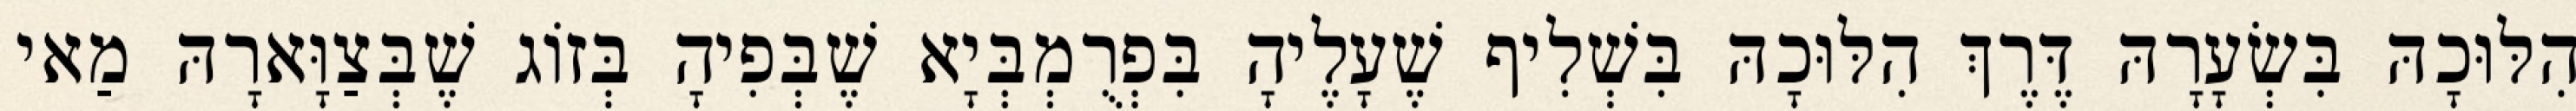
הִלּוּכָהּ בִּשְׂעָרָהּ דֶּרֶךְ הִלּוּכָהּ בִּשְׁלִיף שֶׁעָלֶיהָ בִּפְרֻמְבְּיָא שֶׁבְּפִיהָ בְּזוֹג שֶׁבְּצַוָּארָהּ מַאי